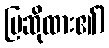
ပြဆိုထား၏)